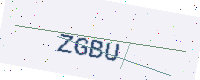
Text: ZGBU